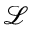
\mathcal { L }